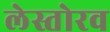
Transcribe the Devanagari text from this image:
लेस्तोरव